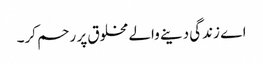
اے زندگی دینے والے مخلوق پر رحم کر۔